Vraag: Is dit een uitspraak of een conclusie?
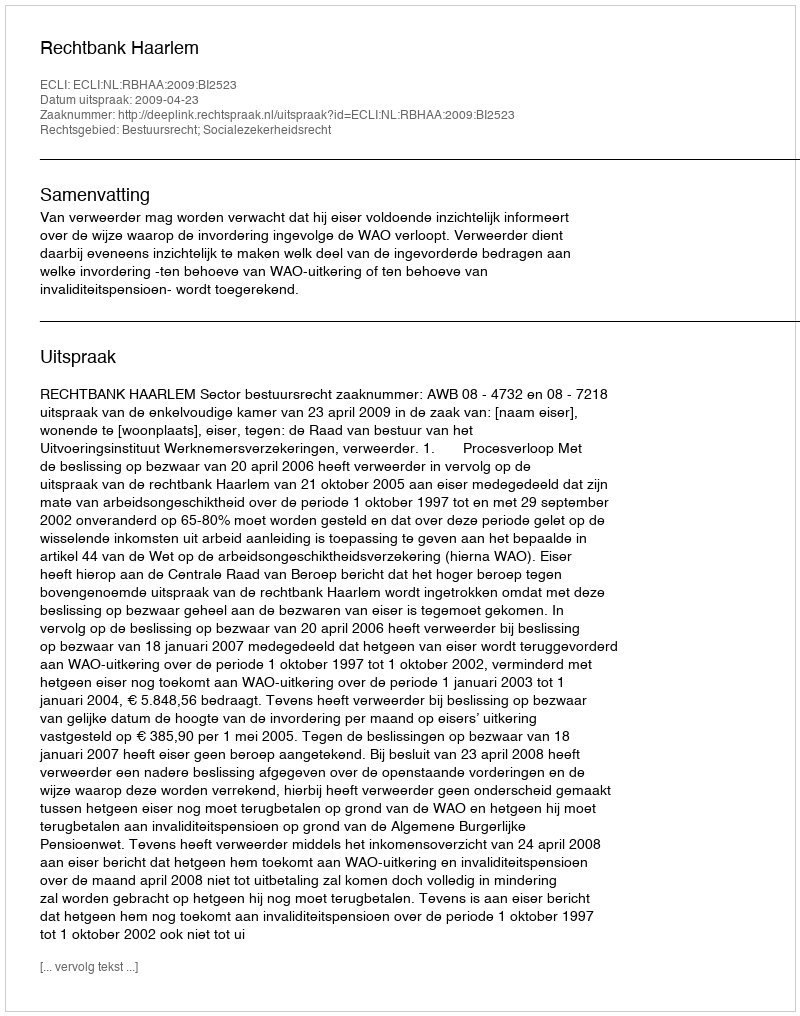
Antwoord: Uitspraak